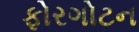
ફોરગોટન